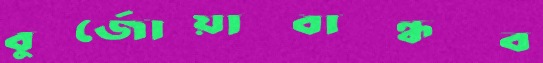
বুর্জোয়াবান্ধব